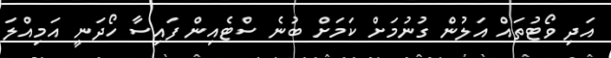
އަދި ވޯޓުތައް އަލުން ގުނުމަށް ކަމަށް ބުނެ ސްޓެއިން ފައިސާ ހޯދަނީ އަމިއްލަ